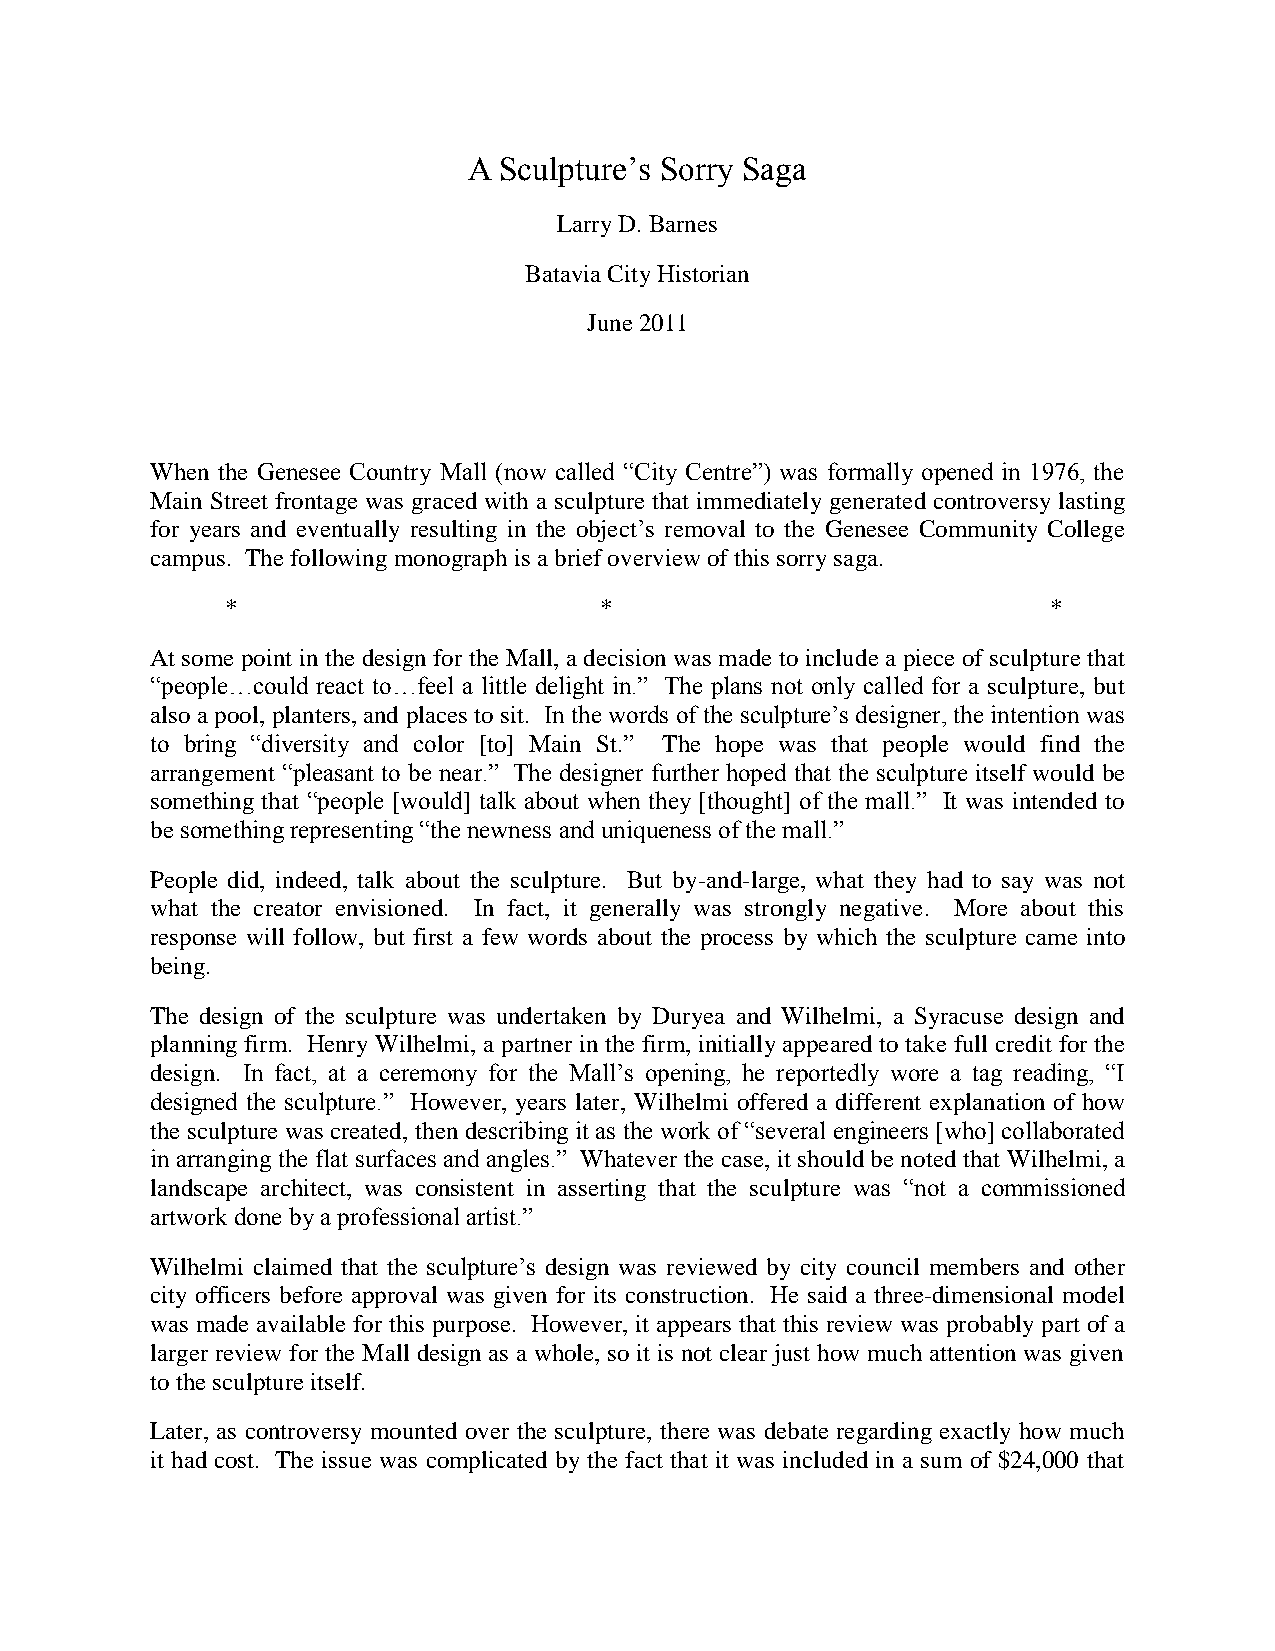
A Sculpture’s Sorry Saga
 Larry D. Barnes
 Batavia City Historian
 June 2011
 When the Genesee Country Mall (now called “City Centre”) was formally opened in 1976, the
 Main Street frontage was graced with a sculpture that immediately generated controversy lasting
 for years and eventually resulting in the object’s removal to the Genesee Community College
 campus. The following monograph is a brief overview of this sorry saga.
 *                        *                             *
 At some point in the design for the Mall, a decision was made to include a piece of sculpture that
 “people…could react to…feel a little delight in.” The plans not only called for a sculpture, but
 also a pool, planters, and places to sit. In the words of the sculpture’s designer, the intention was
 to bring “diversity and color [to] Main St.” The hope was that people would find the
 arrangement “pleasant to be near.” The designer further hoped that the sculpture itself would be
 something that “people [would] talk about when they [thought] of the mall.” It was intended to
 be something representing “the newness and uniqueness of the mall.”
 People did, indeed, talk about the sculpture. But by-and-large, what they had to say was not
 what the creator envisioned. In fact, it generally was strongly negative. More about this
 response will follow, but first a few words about the process by which the sculpture came into
 being.
 The design of the sculpture was undertaken by Duryea and Wilhelmi, a Syracuse design and
 planning firm. Henry Wilhelmi, a partner in the firm, initially appeared to take full credit for the
 design. In fact, at a ceremony for the Mall’s opening, he reportedly wore a tag reading, “I
 designed the sculpture.” However, years later, Wilhelmi offered a different explanation of how
 the sculpture was created, then describing it as the work of “several engineers [who] collaborated
 in arranging the flat surfaces and angles.” Whatever the case, it should be noted that Wilhelmi, a
 landscape architect, was consistent in asserting that the sculpture was “not a commissioned
 artwork done by a professional artist.”
 Wilhelmi claimed that the sculpture’s design was reviewed by city council members and other
 city officers before approval was given for its construction. He said a three-dimensional model
 was made available for this purpose. However, it appears that this review was probably part of a
 larger review for the Mall design as a whole, so it is not clear just how much attention was given
 to the sculpture itself.
 Later, as controversy mounted over the sculpture, there was debate regarding exactly how much
 it had cost. The issue was complicated by the fact that it was included in a sum of $24,000 that